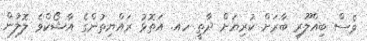
ވެސް ބިއްލޫރި ބާރަށް ކުރިޔަށް ދާތީ ހއ. އަތޮޅު ރައްޔިތުންގެ އާޝޯކްވެ ލޮލުން